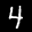
Label: 4